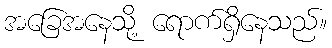
အခြေအနေသို့ ရောက်ရှိနေသည်။